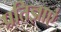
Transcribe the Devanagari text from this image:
प्रतिज्ञाएं